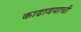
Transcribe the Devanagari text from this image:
काढावयाची